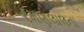
રમણલાલના